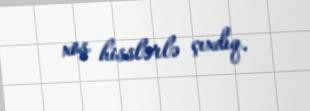
xoş hisslərlə çıxdıq.